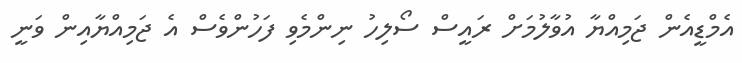
އެމްޑީއެން ޖަމިއްޔާ އުވާލުމަށް ރައީސް ސޯލިހު ނިންމެވި ފަހުންވެސް އެ ޖަމިއްޔާއިން ވަނީ